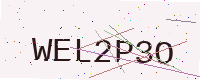
Text: WEL2P3O